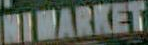
KIWARKET